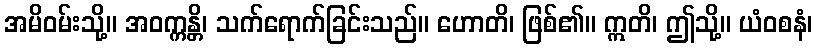
အမိဝမ်းသို့။ အဝက္ကန္တိ၊ သက်ရောက်ခြင်းသည်။ ဟောတိ၊ ဖြစ်၏။ ဣတိ၊ ဤသို့။ ယံဝစနံ၊